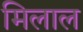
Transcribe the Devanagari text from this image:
मिलाल